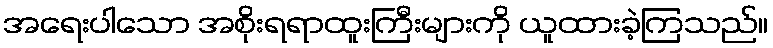
အရေးပါသော အစိုးရရာထူးကြီးများကို ယူထားခဲ့ကြသည်။